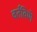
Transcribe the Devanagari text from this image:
वर्तविणे